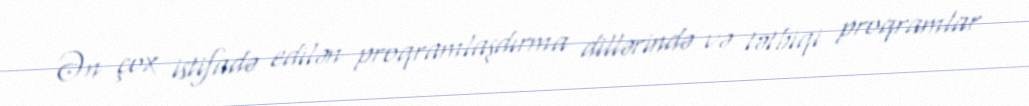
Ən çox istifadə edilən proqramlaşdırma dillərində və tətbiqi proqramlar